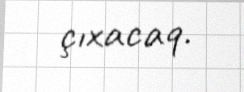
çıxacaq.